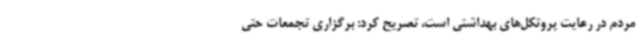
مردم در رعایت پروتکل‌های بهداشتی است، تصریح کرد: برگزاری تجمعات حتی